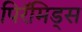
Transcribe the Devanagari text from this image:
पिरॅमिड्स